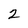
Character: 2